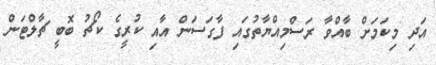
އަދި މިކަމަށް ބާއްވާ ރަސްމިއްޔާތުގައި ފާގަސަން އާއި ކުރީގެ ކޯޗު ބޮބީ ޗާލްޓަން